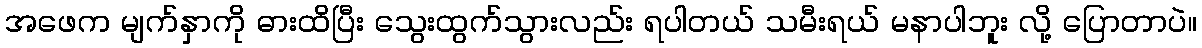
အဖေက မျက်နှာကို ဓားထိပြီး သွေးထွက်သွားလည်း ရပါတယ် သမီးရယ် မနာပါဘူး လို့ ပြောတာပဲ။